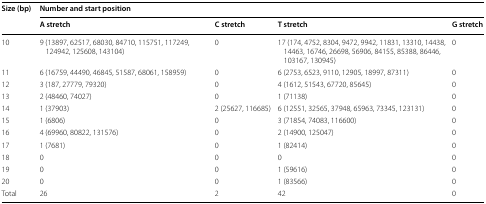
<table><thead><tr><td rowspan="2"><b>Size (bp)</b></td><td colspan="4"><b>Number and start position</b></td></tr><tr><td><b>A stretch</b></td><td><b>C stretch</b></td><td><b>T stretch</b></td><td><b>G stretch</b></td></tr></thead><tbody><tr><td>10</td><td>9 (13897, 62517, 68030, 84710, 115751, 117249, 124942, 125608, 143104)</td><td>0</td><td>17 (174, 4752, 8304, 9472, 9942, 11831, 13310, 14438, 14463, 16746, 26698, 56906, 84155, 85388, 86446, 103167, 130945)</td><td>0</td></tr><tr><td>11</td><td>6 (16759, 44490, 46845, 51587, 68061, 158959)</td><td>0</td><td>6 (2753, 6523, 9110, 12905, 18997, 87311)</td><td>0</td></tr><tr><td>12</td><td>3 (187, 27779, 79320)</td><td>0</td><td>4 (1612, 51543, 67720, 85645)</td><td>0</td></tr><tr><td>13</td><td>2 (48460, 74027)</td><td>0</td><td>1 (71138)</td><td>0</td></tr><tr><td>14</td><td>1 (37903)</td><td>2 (25627, 116685)</td><td>6 (12551, 32565, 37948, 65963, 73345, 123131)</td><td>0</td></tr><tr><td>15</td><td>1 (6806)</td><td>0</td><td>3 (71854, 74083, 116600)</td><td>0</td></tr><tr><td>16</td><td>4 (69960, 80822, 131576)</td><td>0</td><td>2 (14900, 125047)</td><td>0</td></tr><tr><td>17</td><td>1 (7681)</td><td>0</td><td>1 (82414)</td><td>0</td></tr><tr><td>18</td><td>0</td><td>0</td><td>0</td><td>0</td></tr><tr><td>19</td><td>0</td><td>0</td><td>1 (59616)</td><td>0</td></tr><tr><td>20</td><td>0</td><td>0</td><td>1 (83566)</td><td>0</td></tr><tr><td>Total</td><td>26</td><td>2</td><td>42</td><td>0</td></tr></tbody></table>